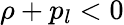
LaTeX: \rho+p_{l}<0